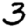
Digit: 3